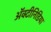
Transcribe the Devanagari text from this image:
अॅक्टीनिडिया